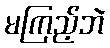
မကြည့်ဘဲ